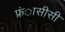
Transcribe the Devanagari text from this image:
फ्रंासीसी